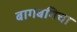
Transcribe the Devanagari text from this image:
बागबगिचा